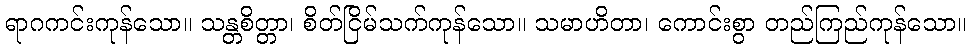
ရာဂကင်းကုန်သော။ သန္တစိတ္တာ၊ စိတ်ငြိမ်သက်ကုန်သော။ သမာဟိတာ၊ ကောင်းစွာ တည်ကြည်ကုန်သော။